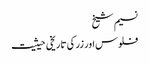
نسیم شیخ
فلوس اور زر کی تاریخی حیثیت